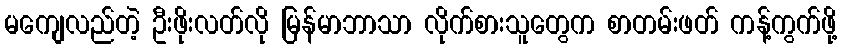
မကျေလည်တဲ့ ဦးဖိုးလတ်လို မြန်မာဘာသာ လိုက်စားသူတွေက စာတမ်းဖတ် ကန့်ကွက်ဖို့